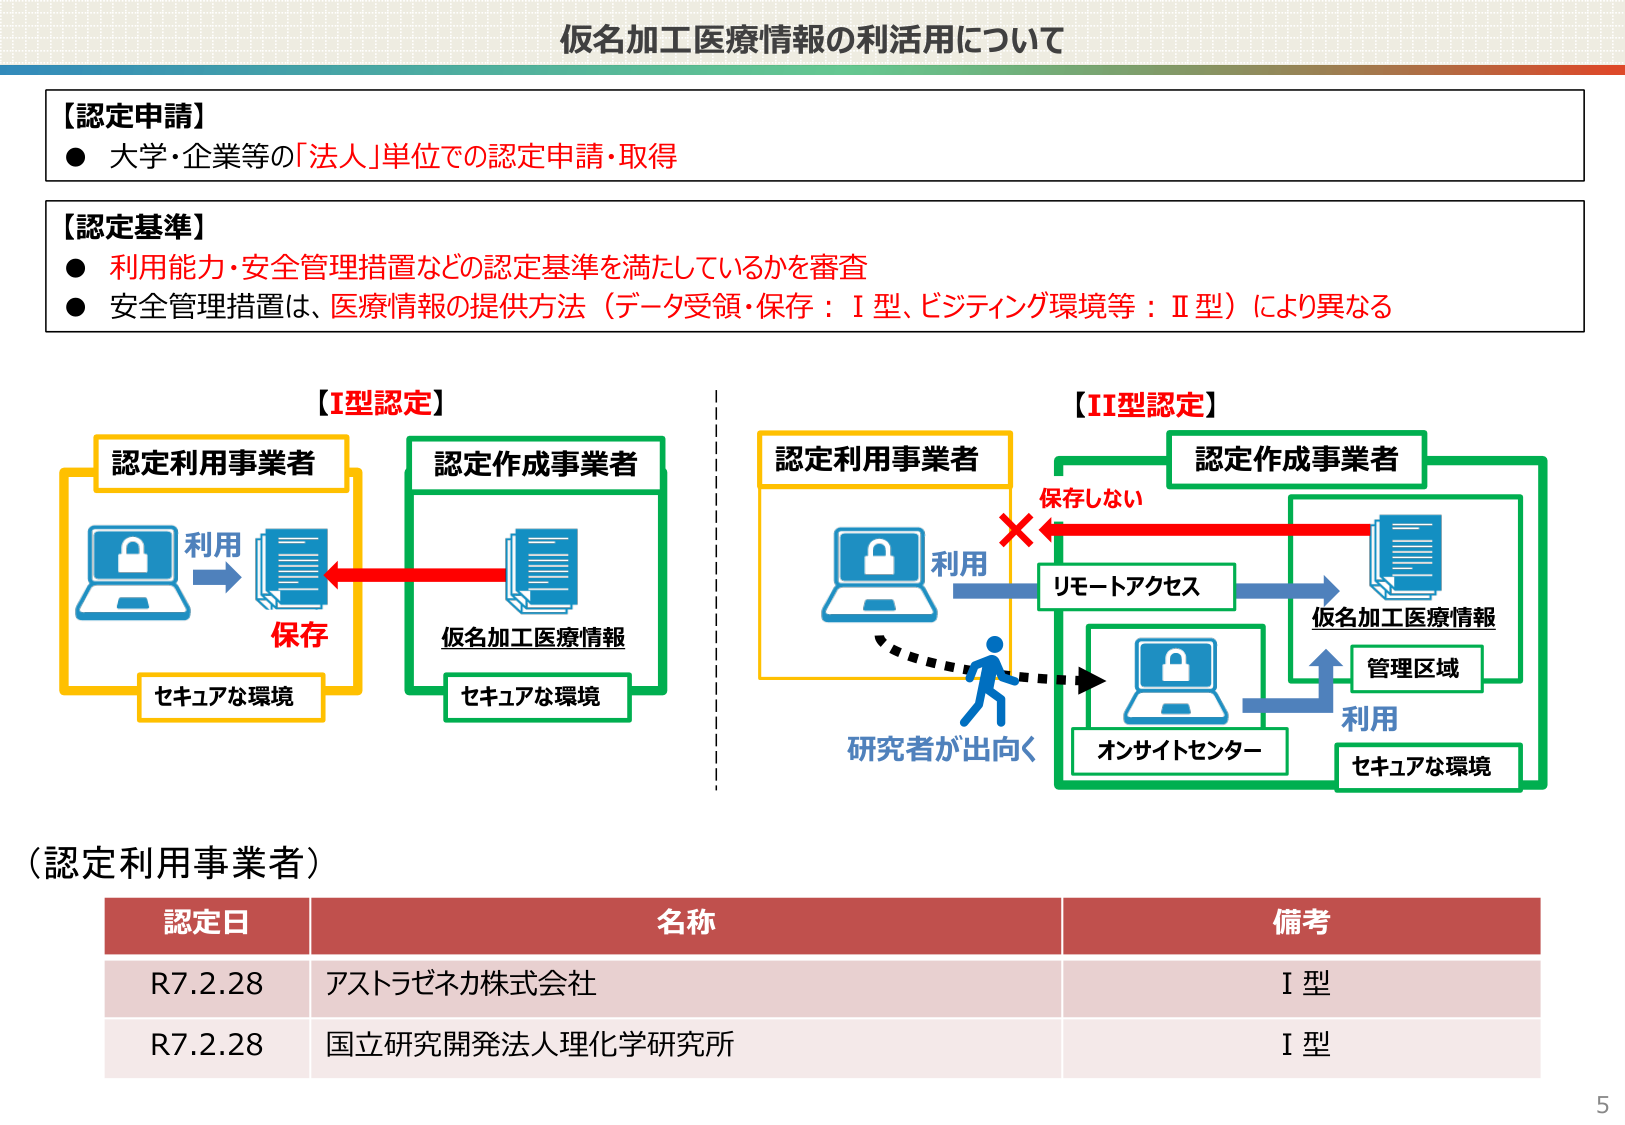
仮名加工医療情報の利活用について

【認定申請】
● 大学・企業等の「法人」単位での認定申請・取得

【認定基準】
● 利用能力・安全管理措置などの認定基準を満たしているかを審査
● 安全管理措置は、医療情報の提供方法（データ受領・保存：I型、ビジティング環境等：II型）により異なる

【I型認定】
認定利用事業者
利用
保存
セキュアな環境

認定作成事業者
仮名加工医療情報
セキュアな環境

【II型認定】
認定利用事業者
利用
リモートアクセス
研究者が出向く

認定作成事業者
保存しない
仮名加工医療情報
管理区域
利用
セキュアな環境
オンサイトセンター

（認定利用事業者）
認定日 名称 備考
R7.2.28 アストラゼネカ株式会社 I型
R7.2.28 国立研究開発法人理化学研究所 I型

5